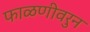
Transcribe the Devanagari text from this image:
फाळणीवरुन